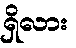
ရှိလား